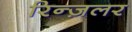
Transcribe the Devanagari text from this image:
रिन्ज़लर